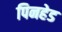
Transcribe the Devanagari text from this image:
पिनहेड